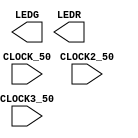

//=======================================================
//  This code is generated by Terasic System Builder
//=======================================================

module Lab4(

	//////////// CLOCK //////////
	CLOCK_50,
	CLOCK2_50,
	CLOCK3_50,

	//////////// LED //////////
	LEDG,
	LEDR 
);

//=======================================================
//  PARAMETER declarations
//=======================================================


//=======================================================
//  PORT declarations
//=======================================================

//////////// CLOCK //////////
input 		          		CLOCK_50;
input 		          		CLOCK2_50;
input 		          		CLOCK3_50;

//////////// LED //////////
output		     [8:0]		LEDG;
output		    [17:0]		LEDR;


//=======================================================
//  REG/WIRE declarations
//=======================================================




//=======================================================
//  Structural coding
//=======================================================



endmodule